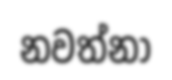
නවත්නා